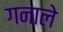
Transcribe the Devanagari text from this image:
गनाले